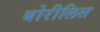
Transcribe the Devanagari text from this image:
बोरीलिस